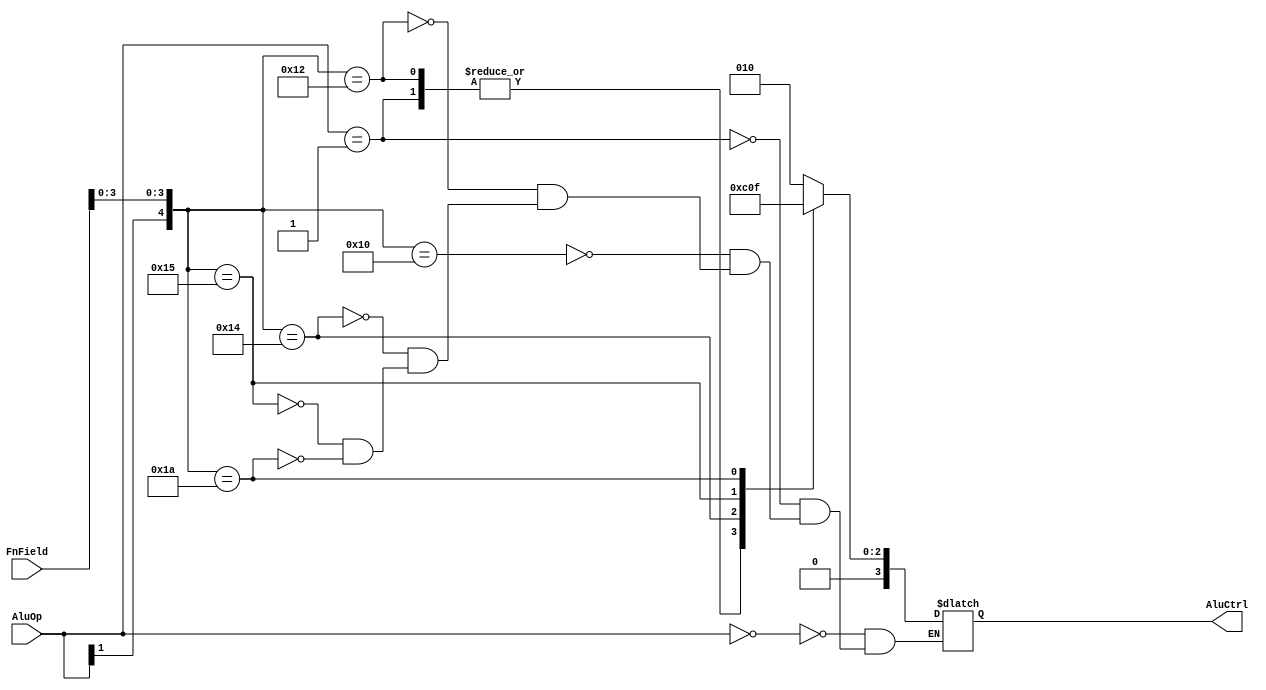
module alucontrol(AluOp,FnField,AluCtrl);

input [1:0] AluOp;
input [5:0] FnField; //for R-type instructions

output reg [3:0] AluCtrl;


always@(AluOp or FnField)begin
	casex({AluOp,FnField})
		8'b00_xxxxxx:AluCtrl=4'b0010; //lw / sw
		8'b01_xxxxxx:AluCtrl=4'b0110; //beq
		8'b1x_xx0000:AluCtrl=4'b0010; //add
		8'b1x_xx0010:AluCtrl=4'b0110; //sub
		8'b1x_xx0100:AluCtrl=4'b0000; //and
		8'b1x_xx0101:AluCtrl=4'b0001; //or
		8'b1x_xx1010:AluCtrl=4'b0111; //slt
	endcase
end

endmodule